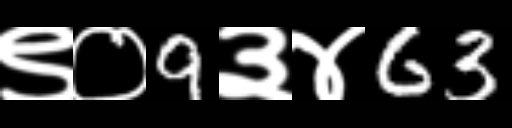
Text: ९०9३४63